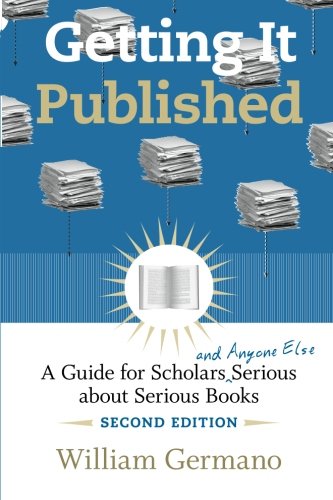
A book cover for Getting It Published, 2nd Edition: A Guide for Scholars and Anyone Else Serious about Serious Books (Chicago Guides to Writing, Editing, and Publishing); William Germano; Reference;